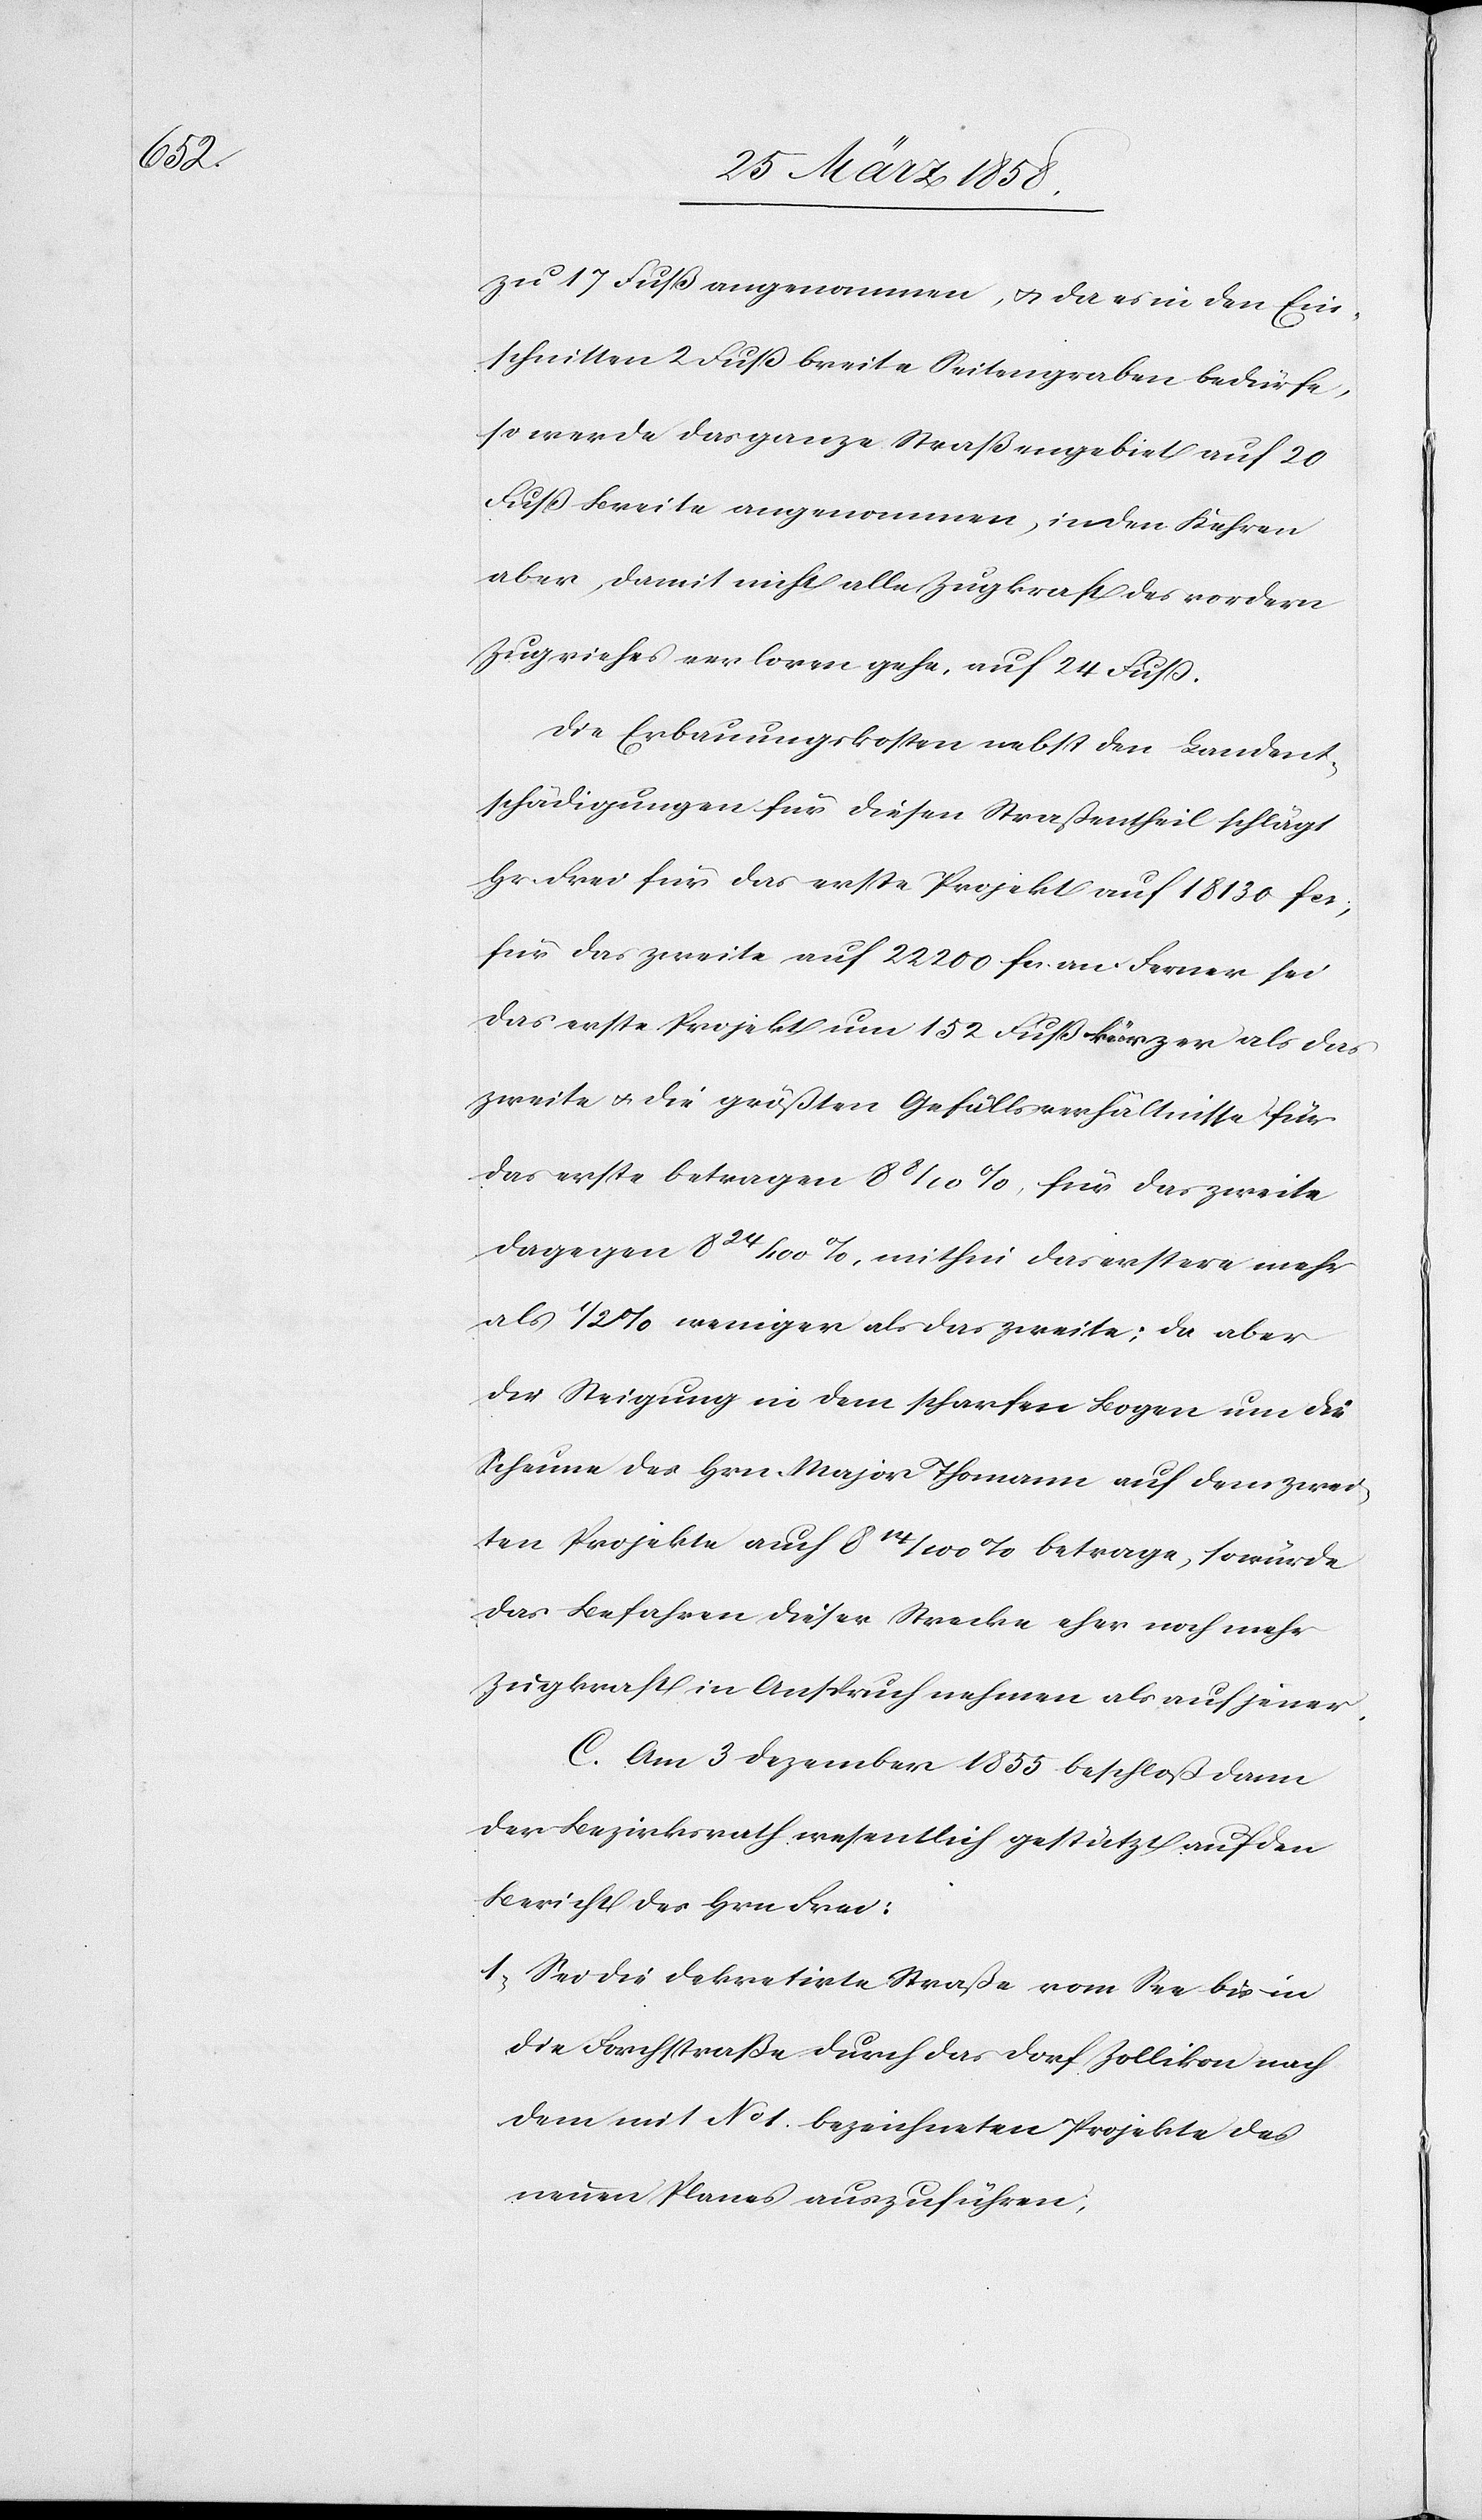
zu 17 Fuß angenommen, u. da es in den Ein¬
schnitten 2 Fuß breite Seitengraben bedürfe,
so werde das ganze Straßengebiet auf 20
Fuß Breite angenommen, in den Kehren
aber, damit nicht alle Zugkraft des vordern
Zugviehes verloren gehe, auf 24 Fuß.
Die Erbauungskosten nebst den Landent¬
schädigungen für diesen Straßentheil schlägt
Hr. Frei für das erste Projekt auf 18130 fcs;
für das zweite auf 22200 fcs. an. Ferner sei
das erste Projekt um 152 Fuß kürzer als das
zweite u. die größten Gefällsverhältnisse für
das erste betragen 88/10%, für das zweite
dagegen 824/100%, mithin das erstere mehr
als 1/2% weniger als das zweite; da aber
die Steigung in dem scharfen Bogen um die
Scheune des Hrn. Major Thomann auf dem zwei¬
ten Projekte auf 814/100% betrage, so würde
das Befahren dieser Strecke eher noch mehr
Zugkraft in Anspruch nehmen als auf jener.
C. Am 3. Dezember 1855 beschloß dann
der Bezirksrath wesentlich gestützt auf den
Bericht des Hrn. Frei:
1) Sei die dekretirte Straße vom See bis in
die Forchstraße durch das Dorf Zollikon nach
dem mit No 1 bezeichneten Projekte des
neuen Planes auszuführen.